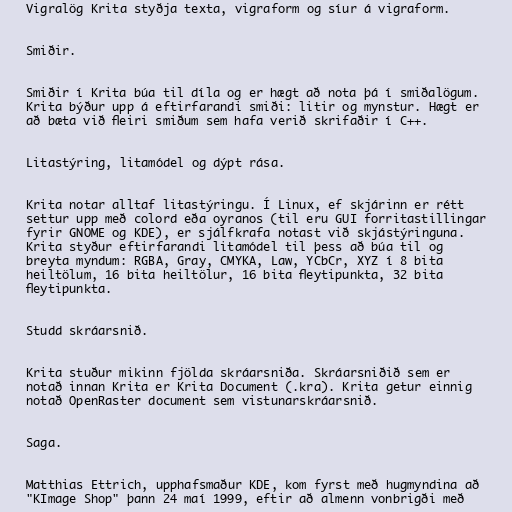
Vigralög Krita styðja texta, vigraform og síur á vigraform.

Smiðir.

Smiðir í Krita búa til díla og er hægt að nota þá í smiðalögum.
Krita býður upp á eftirfarandi smiði: litir og mynstur. Hægt er
að bæta við fleiri smiðum sem hafa verið skrifaðir í C++.

Litastýring, litamódel og dýpt rása.

Krita notar alltaf litastýringu. Í Linux, ef skjárinn er rétt
settur upp með colord eða oyranos (til eru GUI forritastillingar
fyrir GNOME og KDE), er sjálfkrafa notast við skjástýringuna.
Krita styður eftirfarandi litamódel til þess að búa til og
breyta myndum: RGBA, Gray, CMYKA, Law, YCbCr, XYZ í 8 bita
heiltölum, 16 bita heiltölur, 16 bita fleytipunkta, 32 bita
fleytipunkta.

Studd skráarsnið.

Krita stuður mikinn fjölda skráarsniða. Skráarsniðið sem er
notað innan Krita er Krita Document (.kra). Krita getur einnig
notað OpenRaster document sem vistunarskráarsnið.

Saga.

Matthias Ettrich, upphafsmaður KDE, kom fyrst með hugmyndina að
"KImage Shop" þann 24 maí 1999, eftir að almenn vonbrigði með